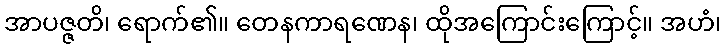
အာပဇ္ဇတိ၊ ရောက်၏။ တေနကာရဏေန၊ ထိုအကြောင်းကြောင့်။ အဟံ၊